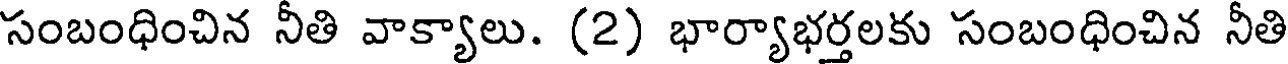
సంబంధించిన నీతి వాక్యాలు. (2) భార్యాభర్తలకు సంబంధించిన నీతి